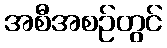
အစီအစဉ်တွင်